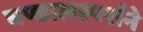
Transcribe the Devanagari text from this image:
चण्डालस्पर्शने